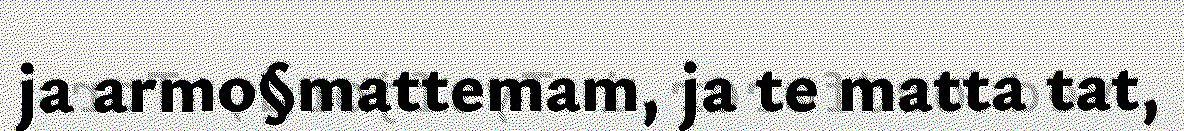
ja armo§mattemam, ja te matta tat,